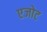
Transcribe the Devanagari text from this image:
एजोट